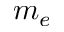
m _ { e }